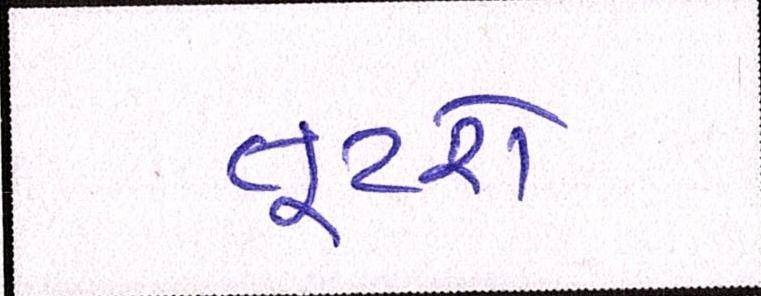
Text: તૂટશે